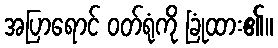
အပြာရောင် ဝတ်ရုံကို ခြုံထား၏။